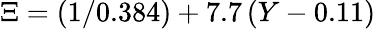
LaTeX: \Xi=(1/0.384)+7.7\, (Y-0.11)